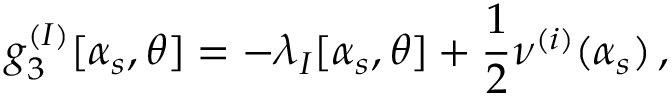
g _ { 3 } ^ { ( I ) } [ \alpha _ { s } , \theta ] = - \lambda _ { I } [ \alpha _ { s } , \theta ] + { \frac { 1 } { 2 } } \nu ^ { ( i ) } ( \alpha _ { s } ) \, ,